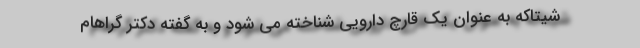
شیتاکه به عنوان یک قارچ دارویی شناخته می شود و به گفته دکتر گراهام